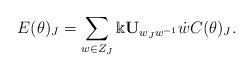
LaTeX: \begin{align*} E(\theta)_J=\sum_{w\in Z_J}\Bbbk {\bf U}_{w_Jw^{-1}}\dot{w}C(\theta)_J.\end{align*}